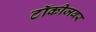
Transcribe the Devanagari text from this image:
टॉकीजवर